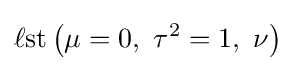
\operatorname {\ell st} \left(\mu =0,\ \tau ^{2}=1,\ \nu \right)\